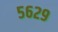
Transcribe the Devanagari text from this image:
५६२९